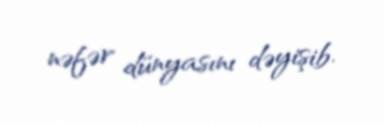
nəfər dünyasını dəyişib.